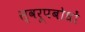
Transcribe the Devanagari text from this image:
स्वरूपबोधों